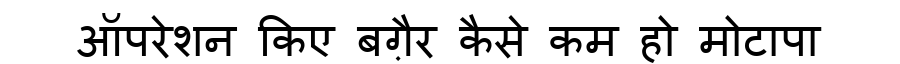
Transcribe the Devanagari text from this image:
ऑपरेशन किए बग़ैर कैसे कम हो मोटापा